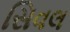
સિવલ